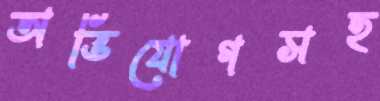
অভিযোগসহ